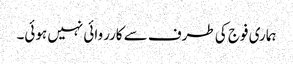
ہماری فوج کی طرف سے کارروائی نہیں ہوئی۔